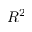
R ^ { 2 }